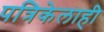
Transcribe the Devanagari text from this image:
पत्रिकेलाही